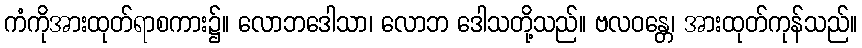
ကံကိုအားထုတ်ရာစကား၌။ လောဘဒေါသာ၊ လောဘ ဒေါသတို့သည်။ ဗလဝန္တေ၊ အားထုတ်ကုန်သည်။